Report on horse surra - Volume II, Part I
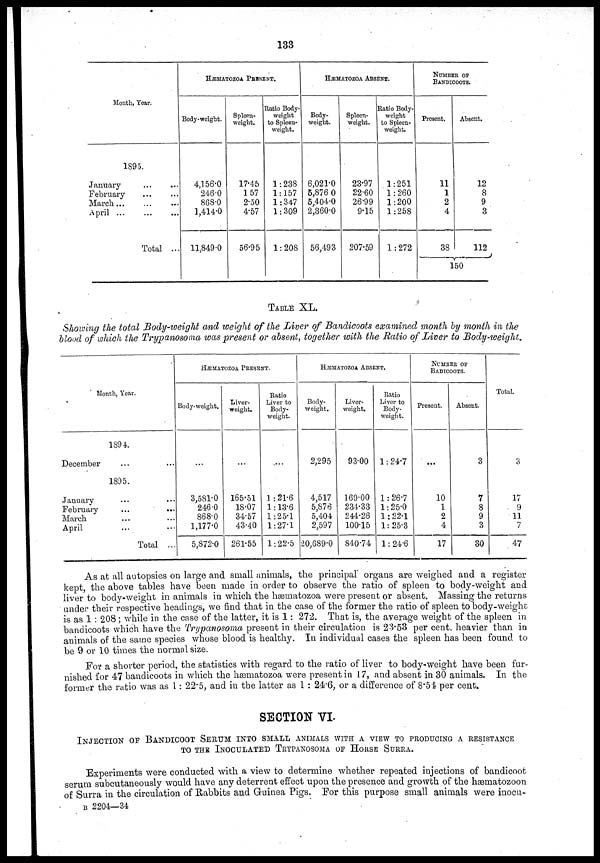
133
Month, Year.
1895.
January
February
March...
April ...
Total ...
HÆMATOZOA PRESENT.
Body-weight.
4,156.0
246.0
868.0
1 ,414.0
11,849.0
Spleen-
weight.
17.45
1.57
2.50
4.57
56.95
Ratio Body-
weight
to Spleen-
weight.
1:238
1:157
1:347
1:309
1:208
HÆMATOZOA ABSENT.
Body-
weight.
6,021.0
5,876 0
5,404.0
2,360.0
56,493
Spleen-
weight.
23.97
22.60
26.99
9.15
207.59
Ratio Body-
weight
to Spleen-
weight.
1:251
1:260
1:200
1:258
1:272
NUMBER OF
BANDICOOTS.
Present.
11
1
2
4
38
Absent.
12
8
9
3
112
{
150
TABLE XL.
Showing the total Body-weight and weight of the Liver of Bandicoots examined month by month in the
blood of which the Trypanosoma was present or absent, together with the Ratio of Liver to Body-weight.
Month, Year.
December
January
February
March
April
1894.
1895.
...
...
... ...
Total ...
HÆMATOZOA PRESENT.
Body-weight,
...
3,581.0
246.0
868.0
1,177.0
5,872.0
Liver.
weight.
...
165.51
18.07
34.57
43.40
261.55
Ratio
Liver to
Body-
weight.
....
1:21.6
1:13.6
1:25.1
1:27.1
1:22.5
HÆMATOZOA ABSENT.
Body-
weight.
2,295
4,517
5,876
5,404
2,597
20,689.0
Liver-
weight.
93.00
169.00
234.33
244.26
100.15
840.74
Ratio
Liver to
Body-
weight.
1:24.7
1:26.7
1:25.0
1:22.1
1:25.3
1: 24.6
NUMBER OF
BADICOOTS.
Present.
...
10
1
2
4
17
Absent.
3
7
8
9
3
30
Total.
3
17
9
11
7
47
As at all autopsies on large and small animals, the principal organs are weighed and a register
kept, the above tables have been made in order to observe the ratio of spleen to body-weight and
liver to body-weight in animals in which the hæmatozoa were present or absent. Massing the returns
under their respective headings, we find that in the case of the former the ratio of spleen to body-weight
is as 1 : 208 ; while in the case of the latter, it is 1: 272. That is, the average weight of the spleen in
bandicoots which have the Trypanosoma present in their circulation is 23.53 per cent. heavier than in
animals of the same species whose blood is healthy. In individual cases the spleen has been found to
be 9 or 10 times the normal size.
For a shorter period, the statistics with regard to the ratio of liver to body-weight have been fur-
nished for 47 bandicoots in which the hæmatozoa were present in 17, and absent in 30 animals. In the
former the ratio was as 1: 22.5, and in the latter as 1 : 24.6, or a difference of 8.54 per cent.
SECTION VI.
INJECTION OF BANDICOOT SERUM INTO SMALL ANIMALS WITH A VIEW TO PRODUCING A RESISTANCE
TO THE INOCULATED TRYPANOSOMA OF HORSE SURRA.
Experiments were conducted with a view to determine whether repeated injections of bandicoot
serum subcutaneously would have any deterrent effect upon the presence and growth of the ha3matozoon
of Surra in the circulation of Rabbits and Guinea Pigs. For this purpose small animals were inocu-
B 2204—34